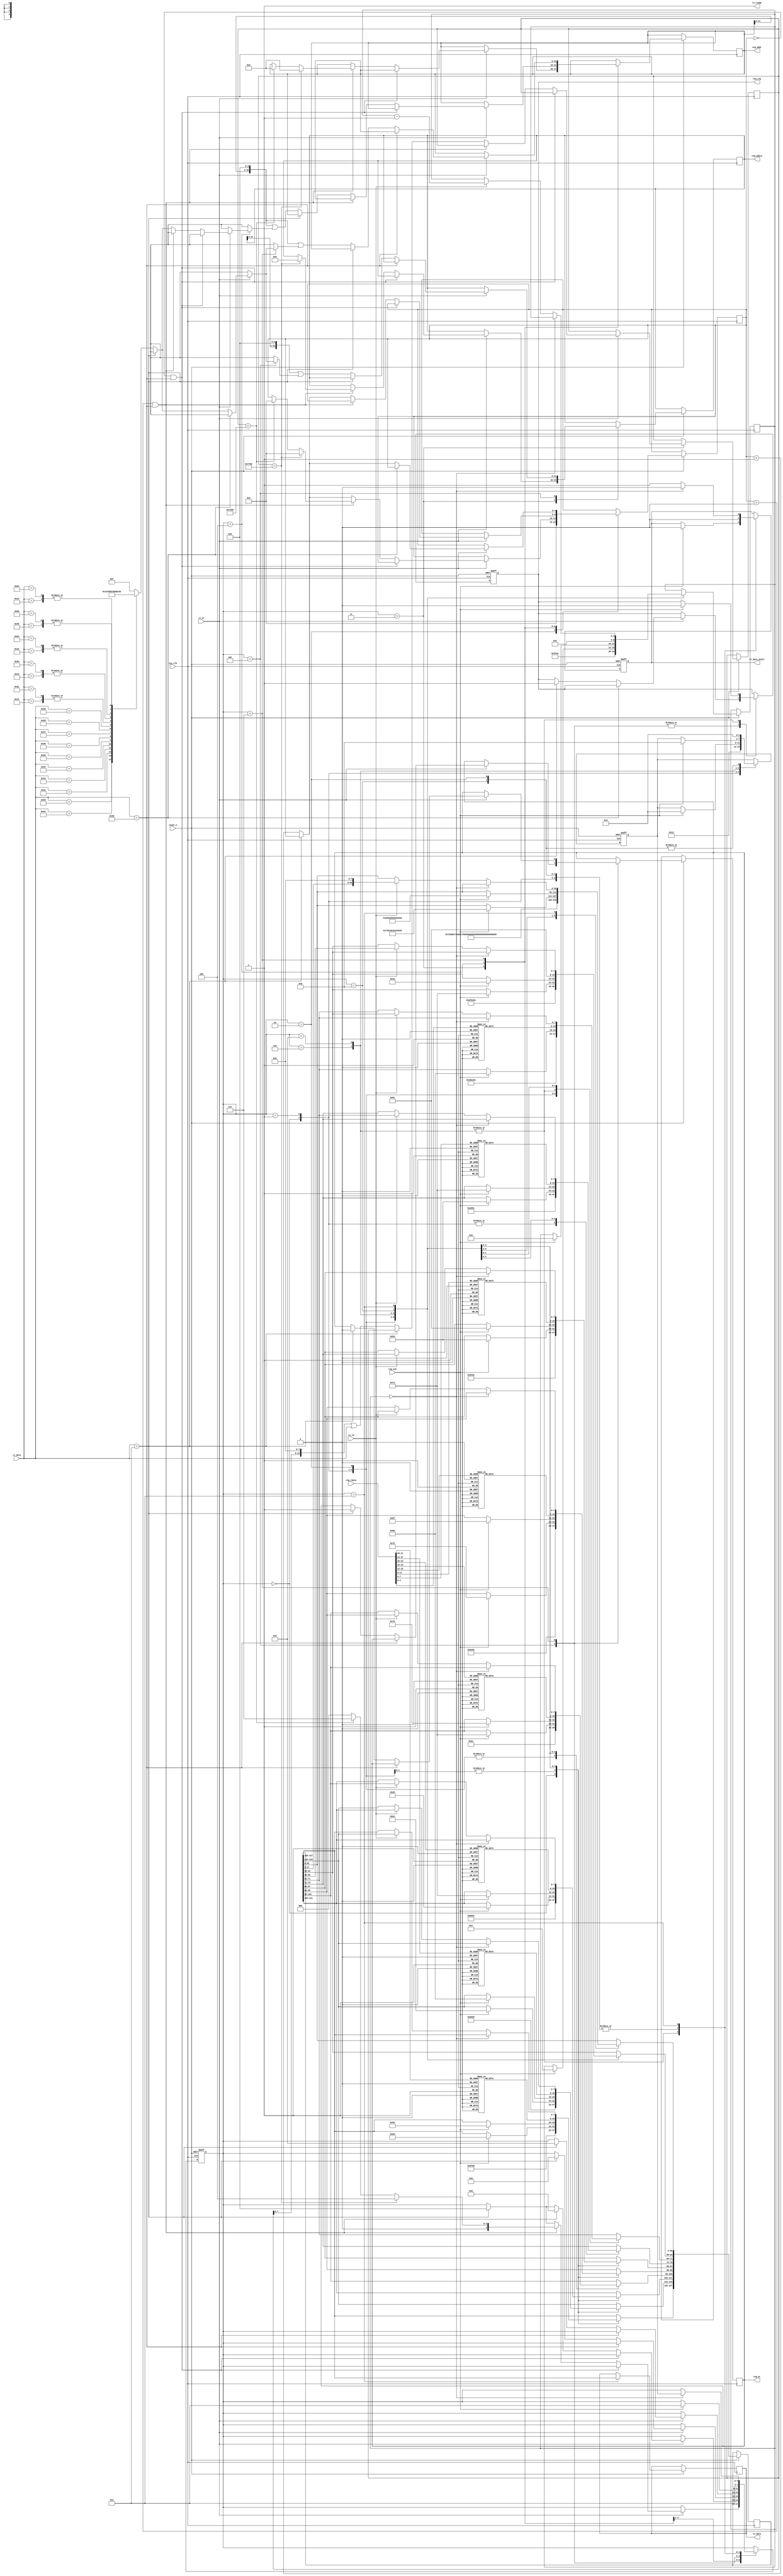
//////////////////////////////////////////////////////////////////////
////                                                              ////
////  UART Message Handler Module                                 ////
////                                                              ////
////  This file is part of the uart2spi cores project             ////
////  http://www.opencores.org/cores/uart2spi/                    ////
////                                                              ////
////  Description                                                 ////
////  Uart Message Handler definitions.                           ////
////                                                              ////
////  To Do:                                                      ////
////    nothing                                                   ////
////                                                              ////
////  Author(s):                                                  ////
////      - Dinesh Annayya, dinesha@opencores.org                 ////
////                                                              ////
//////////////////////////////////////////////////////////////////////
////                                                              ////
//// Copyright (C) 2000 Authors and OPENCORES.ORG                 ////
////                                                              ////
//// This source file may be used and distributed without         ////
//// restriction provided that this copyright statement is not    ////
//// removed from the file and that any derivative work contains  ////
//// the original copyright notice and the associated disclaimer. ////
////                                                              ////
//// This source file is free software; you can redistribute it   ////
//// and/or modify it under the terms of the GNU Lesser General   ////
//// Public License as published by the Free Software Foundation; ////
//// either version 2.1 of the License, or (at your option) any   ////
//// later version.                                               ////
////                                                              ////
//// This source is distributed in the hope that it will be       ////
//// useful, but WITHOUT ANY WARRANTY; without even the implied   ////
//// warranty of MERCHANTABILITY or FITNESS FOR A PARTICULAR      ////
//// PURPOSE.  See the GNU Lesser General Public License for more ////
//// details.                                                     ////
////                                                              ////
//// You should have received a copy of the GNU Lesser General    ////
//// Public License along with this source; if not, download it   ////
//// from http://www.opencores.org/lgpl.shtml                     ////
////                                                              ////
//////////////////////////////////////////////////////////////////////

module uart_msg_handler (  
        reset_n ,
        sys_clk ,


    // UART-TX Information
        tx_data_avail,
        tx_rd,
        tx_data,
         

    // UART-RX Information
        rx_ready,
        rx_wr,
        rx_data,

      // Towards Register Interface
        reg_addr,
        reg_wr,  
        reg_wdata,
        reg_req,
	reg_ack,
	reg_rdata

     );


// Define the Message Hanlde States
`define IDLE	         4'h0
`define IDLE_TX_MSG1	 4'h1
`define IDLE_TX_MSG2	 4'h2
`define RX_CMD_PHASE	 4'h3
`define WR_ADR_PHASE	 4'h4
`define WR_DATA_PHASE	 4'h5
`define SEND_WR_REQ	 4'h6
`define RD_ADDR_PHASE	 4'h7
`define SEND_RD_REQ	 4'h8
`define SEND_RD_DATA	 4'h9
`define TX_MSG           4'hA
     
`define BREAK_CHAR       8'h0A

//---------------------------------
// Global Dec
// ---------------------------------

input        reset_n               ; // line reset
input        sys_clk               ; // line clock


//--------------------------------------
// UART TXD Path
// -------------------------------------
output         tx_data_avail        ; // Indicate valid TXD Data available
output [7:0]   tx_data              ; // TXD Data to be transmited
input          tx_rd                ; // Indicate TXD Data Been Read


//--------------------------------------
// UART RXD Path
// -------------------------------------
output         rx_ready            ; // Indicate Ready to accept the Read Data
input [7:0]    rx_data             ; // RXD Data 
input          rx_wr               ; // Valid RXD Data

//---------------------------------------
// Control Unit interface
// --------------------------------------

output  [15:0] reg_addr           ; // Operend-1
output  [31:0]  reg_wdata          ; // Operend-2
output         reg_req            ; // Register Request
output         reg_wr             ; // 1 -> write; 0 -> read
input          reg_ack            ; // Register Ack
input   [31:0] reg_rdata          ;

// Local Wire/Register Decleration
//
//
reg             tx_data_avail      ;
reg [7:0]       tx_data            ;
reg [16*8-1:0]  TxMsgBuf           ; // 16 Byte Tx Message Buffer
reg  [4:0]      TxMsgSize          ;
reg  [4:0]      RxMsgCnt           ; // Count the Receive Message Count
reg  [3:0]      State              ;
reg  [3:0]      NextState          ;
reg  [15:0]     cmd                ; // command
reg  [15:0]     reg_addr           ; // reg_addr
reg  [31:0]      reg_wdata          ; // reg_addr
reg             reg_wr             ; // 1 -> Reg Write request, 0 -> Read Requestion
reg             reg_req            ; // 1 -> Register request


wire rx_ready = 1; 
/****************************************************************
*  UART Message Hanlding Steps
*
*  1. On Reset Or Unknown command, Send the Default Message
*     Select Option:
*     wr <addr> <data>
*     rd <addr>
*  2. Wait for User command <wr/rd> 
*  3. On <wr> command move to write address phase;
*  phase
*       A. After write address phase move to write data phase
*       B. After write data phase, once user press \r command ; send register req
*          and write request and address + data 
*       C. On receiving register ack response; send <success> message back and move
*          to state-2
*  3.  On <rd> command move to read address phase;
*       A. After read address phase , once user press '\r' command; send
*          register req , read request 
*       C. On receiving register ack response; send <response + read_data> message and move
*          to state-2
*  *****************************************************************/

always @(negedge reset_n or posedge sys_clk)
begin
   if(reset_n == 1'b0) begin
      tx_data_avail <= 0;
      reg_req       <= 0;
      State         <= `IDLE;
      NextState     <= `IDLE;
   end else begin
   case(State)
      // Send Default Message
      `IDLE: begin
   	  TxMsgBuf      <= "Command Format:\n";  // Align to 16 character format by appending space character
          TxMsgSize     <= 16;
	  tx_data_avail <= 0;
	  State         <= `TX_MSG;
	  NextState     <= `IDLE_TX_MSG1;
       end

      // Send Default Message (Contd..)
      `IDLE_TX_MSG1: begin
	   TxMsgBuf      <= "wm <ad> <data>\n "; // Align to 16 character format by appending space character 
           TxMsgSize     <= 15;
	   tx_data_avail <= 0;
	   State         <= `TX_MSG;
	   NextState     <= `IDLE_TX_MSG2;
        end

      // Send Default Message (Contd..)
      `IDLE_TX_MSG2: begin
	   TxMsgBuf      <= "rm <ad>\n>>      ";  // Align to 16 character format by appending space character
           TxMsgSize     <= 10;
	   tx_data_avail <= 0;
	   RxMsgCnt      <= 0;
	   State         <= `TX_MSG;
	   NextState     <= `RX_CMD_PHASE;
      end

       // Wait for Response
    `RX_CMD_PHASE: begin
	if(rx_wr == 1) begin
	   //if(RxMsgCnt == 0 && rx_data == " ") begin // Ignore the same
	   if(RxMsgCnt == 0 && rx_data == 8'h20) begin // Ignore the same
	   //end else if(RxMsgCnt > 0 && rx_data == " ") begin // Check the command
	   end else if(RxMsgCnt > 0 && rx_data == 8'h20) begin // Check the command
	     //if(cmd == "wm") begin
	     if(cmd == 16'h776D) begin
		 RxMsgCnt <= 0;
		 reg_addr <= 0;
		 reg_wdata <= 0;
		 State <= `WR_ADR_PHASE;
	      //end else if(cmd == "rm") begin
	      end else if(cmd == 16'h726D) begin
		 reg_addr <= 0;
		 RxMsgCnt <= 0;
		 State <= `RD_ADDR_PHASE;
             end else begin // Unknow command
	        State         <= `IDLE;
             end
	   //end else if(rx_data == "\n") begin // Error State
	   end else if(rx_data == `BREAK_CHAR) begin // Error State
	      State         <= `IDLE;
	   end 
	   else begin
              cmd <=  (cmd << 8) | rx_data ;
	      RxMsgCnt <= RxMsgCnt+1;
           end
        end 
     end
       // Write Address Phase 
    `WR_ADR_PHASE: begin
	if(rx_wr == 1) begin
	   //if(RxMsgCnt == 0 && rx_data == " ") begin // Ignore the Space character
	   if(RxMsgCnt == 0 && rx_data == 8'h20) begin // Ignore the Space character
	   //end else if(RxMsgCnt > 0 && rx_data == " ") begin // Move to write data phase
	   end else if(RxMsgCnt > 0 && rx_data == 8'h20) begin // Move to write data phase
	      State         <= `WR_DATA_PHASE;
	   //end else if(rx_data == "\n") begin // Error State
	   end else if(rx_data == `BREAK_CHAR) begin // Error State
	      State         <= `IDLE;
	   end else begin 
              reg_addr <= (reg_addr << 4) | char2hex(rx_data); 
	      RxMsgCnt <= RxMsgCnt+1;
           end
	end
     end
    // Write Data Phase 
    `WR_DATA_PHASE: begin
	if(rx_wr == 1) begin
	   //if(rx_data == " ") begin // Ignore the Space character
	   if(rx_data == 8'h20) begin // Ignore the Space character
	   //end else if(rx_data == "\n") begin // Error State
	   end else if(rx_data == `BREAK_CHAR) begin // Error State
	      State           <= `SEND_WR_REQ;
	      reg_wr          <= 1'b1; // Write request
	      reg_req         <= 1'b1;
	   end else begin // A to F
                 reg_wdata <= (reg_wdata << 4) | char2hex(rx_data); 
           end
	end
     end
    `SEND_WR_REQ: begin
	if(reg_ack)  begin
	   reg_req       <= 1'b0;
	   TxMsgBuf      <= "cmd success\n>>  "; // Align to 16 character format by appending space character 
           TxMsgSize     <= 14;
	   tx_data_avail <= 0;
	   State         <= `TX_MSG;
	   NextState     <= `RX_CMD_PHASE;
       end
    end

       // Write Address Phase 
    `RD_ADDR_PHASE: begin
	if(rx_wr == 1) begin
	   //if(rx_data == " ") begin // Ignore the Space character
	   if(rx_data == 8'h20) begin // Ignore the Space character
	   //end else if(rx_data == "\n") begin // Error State
	   end else if(rx_data == `BREAK_CHAR) begin // Error State
	      State           <= `SEND_RD_REQ;
	      reg_wr          <= 1'b0; // Read request
	      reg_req         <= 1'b1; // Reg Request
	   end 
	   else begin // A to F
                 reg_addr     <= (reg_addr << 4) | char2hex(rx_data); 
	         RxMsgCnt <= RxMsgCnt+1;
	      end
           end
	end

    `SEND_RD_REQ: begin
	if(reg_ack)  begin
	   reg_req       <= 1'b0;
	   TxMsgBuf      <= "Response:       "; // Align to 16 character format by appending space character 
           TxMsgSize     <= 10;
	   tx_data_avail <= 0;
	   State         <= `TX_MSG;
	   NextState     <= `SEND_RD_DATA;
       end
    end
    `SEND_RD_DATA: begin // Wait for Operation Completion
	   TxMsgBuf[16*8-1:15*8] <= hex2char(reg_rdata[31:28]);
	   TxMsgBuf[15*8-1:14*8] <= hex2char(reg_rdata[27:24]);
	   TxMsgBuf[14*8-1:13*8] <= hex2char(reg_rdata[23:20]);
	   TxMsgBuf[13*8-1:12*8] <= hex2char(reg_rdata[19:16]);
	   TxMsgBuf[12*8-1:11*8] <= hex2char(reg_rdata[15:12]);
	   TxMsgBuf[11*8-1:10*8] <= hex2char(reg_rdata[11:8]);
	   TxMsgBuf[10*8-1:9*8]  <= hex2char(reg_rdata[7:4]);
	   TxMsgBuf[9*8-1:8*8]   <= hex2char(reg_rdata[3:0]);
	   TxMsgBuf[8*8-1:7*8]   <= "\n";
           TxMsgSize     <= 9;
	   tx_data_avail <= 0;
	   State         <= `TX_MSG;
	   NextState     <= `RX_CMD_PHASE;
     end

       // Send Default Message (Contd..)
    `TX_MSG: begin
	   tx_data_avail    <= 1;
	   tx_data          <= TxMsgBuf[16*8-1:15*8];
	   if(TxMsgSize == 0) begin
	      tx_data_avail <= 0;
	      State         <= NextState;
           end else if(tx_rd) begin
   	      TxMsgBuf      <= TxMsgBuf << 8;
              TxMsgSize     <= TxMsgSize -1;
           end
        end
   endcase
   end
end


// Character to hex number
function [3:0] char2hex;
input [7:0] data_in;
case (data_in)
     8'h30:	char2hex = 4'h0; // character '0' 
     8'h31:	char2hex = 4'h1; // character '1'
     8'h32:	char2hex = 4'h2; // character '2'
     8'h33:	char2hex = 4'h3; // character '3'
     8'h34:	char2hex = 4'h4; // character '4' 
     8'h35:	char2hex = 4'h5; // character '5'
     8'h36:	char2hex = 4'h6; // character '6'
     8'h37:	char2hex = 4'h7; // character '7'
     8'h38:	char2hex = 4'h8; // character '8'
     8'h39:	char2hex = 4'h9; // character '9'
     8'h41:	char2hex = 4'hA; // character 'A'
     8'h42:	char2hex = 4'hB; // character 'B'
     8'h43:	char2hex = 4'hC; // character 'C'
     8'h44:	char2hex = 4'hD; // character 'D'
     8'h45:	char2hex = 4'hE; // character 'E'
     8'h46:	char2hex = 4'hF; // character 'F'
     8'h61:	char2hex = 4'hA; // character 'a'
     8'h62:	char2hex = 4'hB; // character 'b'
     8'h63:	char2hex = 4'hC; // character 'c'
     8'h64:	char2hex = 4'hD; // character 'd'
     8'h65:	char2hex = 4'hE; // character 'e'
     8'h66:	char2hex = 4'hF; // character 'f'
      default :  char2hex = 4'hF;
   endcase 
endfunction

// Hex to Asci Character 
function [7:0] hex2char;
input [3:0] data_in;
case (data_in)
     4'h0:	hex2char = 8'h30; // character '0' 
     4'h1:	hex2char = 8'h31; // character '1'
     4'h2:	hex2char = 8'h32; // character '2'
     4'h3:	hex2char = 8'h33; // character '3'
     4'h4:	hex2char = 8'h34; // character '4' 
     4'h5:	hex2char = 8'h35; // character '5'
     4'h6:	hex2char = 8'h36; // character '6'
     4'h7:	hex2char = 8'h37; // character '7'
     4'h8:	hex2char = 8'h38; // character '8'
     4'h9:	hex2char = 8'h39; // character '9'
     4'hA:	hex2char = 8'h41; // character 'A'
     4'hB:	hex2char = 8'h42; // character 'B'
     4'hC:	hex2char = 8'h43; // character 'C'
     4'hD:	hex2char = 8'h44; // character 'D'
     4'hE:	hex2char = 8'h45; // character 'E'
     4'hF:	hex2char = 8'h46; // character 'F'
   endcase 
endfunction
endmodule